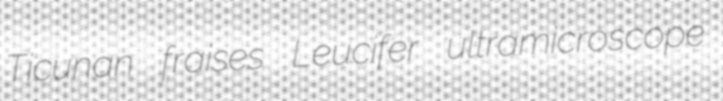
Ticunan fraises Leucifer ultramicroscope